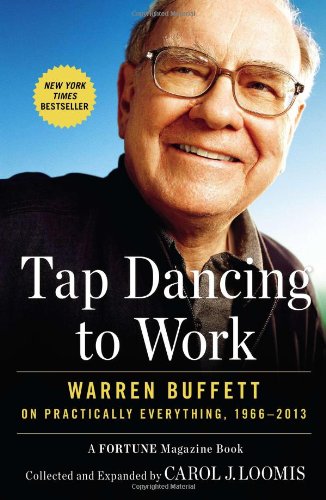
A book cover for Tap Dancing to Work: Warren Buffett on Practically Everything, 1966-2013; Carol J. Loomis; Literature & Fiction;